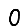
Digit: 0